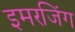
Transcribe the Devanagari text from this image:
इमरजिंग